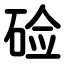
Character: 硷